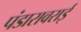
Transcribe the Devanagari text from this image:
पंडारावराई